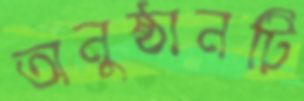
অনুষ্ঠানটি